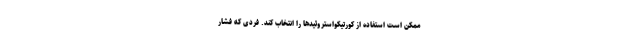
ممکن است استفاده از کورتیکواستروئیدها را انتخاب کند. فردی که فشار